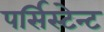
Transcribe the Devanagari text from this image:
पर्सिस्टेन्ट